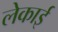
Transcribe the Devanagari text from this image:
लेकाई